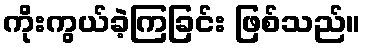
ကိုးကွယ်ခဲ့ကြခြင်း ဖြစ်သည်။